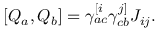
\left[ Q _ { a } , Q _ { b } \right] = \gamma _ { a c } ^ { [ i } \gamma _ { c b } ^ { j ] } J _ { i j } .